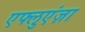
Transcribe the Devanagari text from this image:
एफ्लुएंज़ा